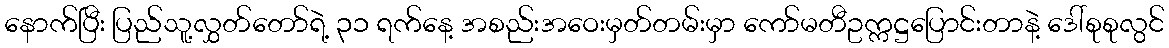
နောက်ပြီး ပြည်သူ့လွှတ်တော်ရဲ့ ၃၁ ရက်နေ့ အစည်းအဝေးမှတ်တမ်းမှာ ကော်မတီဥက္ကဋ္ဌပြောင်းတာနဲ့ ဒေါ်စုစုလွင်